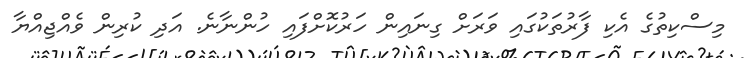
މިސްކިތުގެ އެކި ފާރުތަކުގައި ވަރަށް ގިނައިން ހަރުކޮށްފައި ހުންނާނެ. އަދި ކުރިން ވެއްޖިއްޔާ